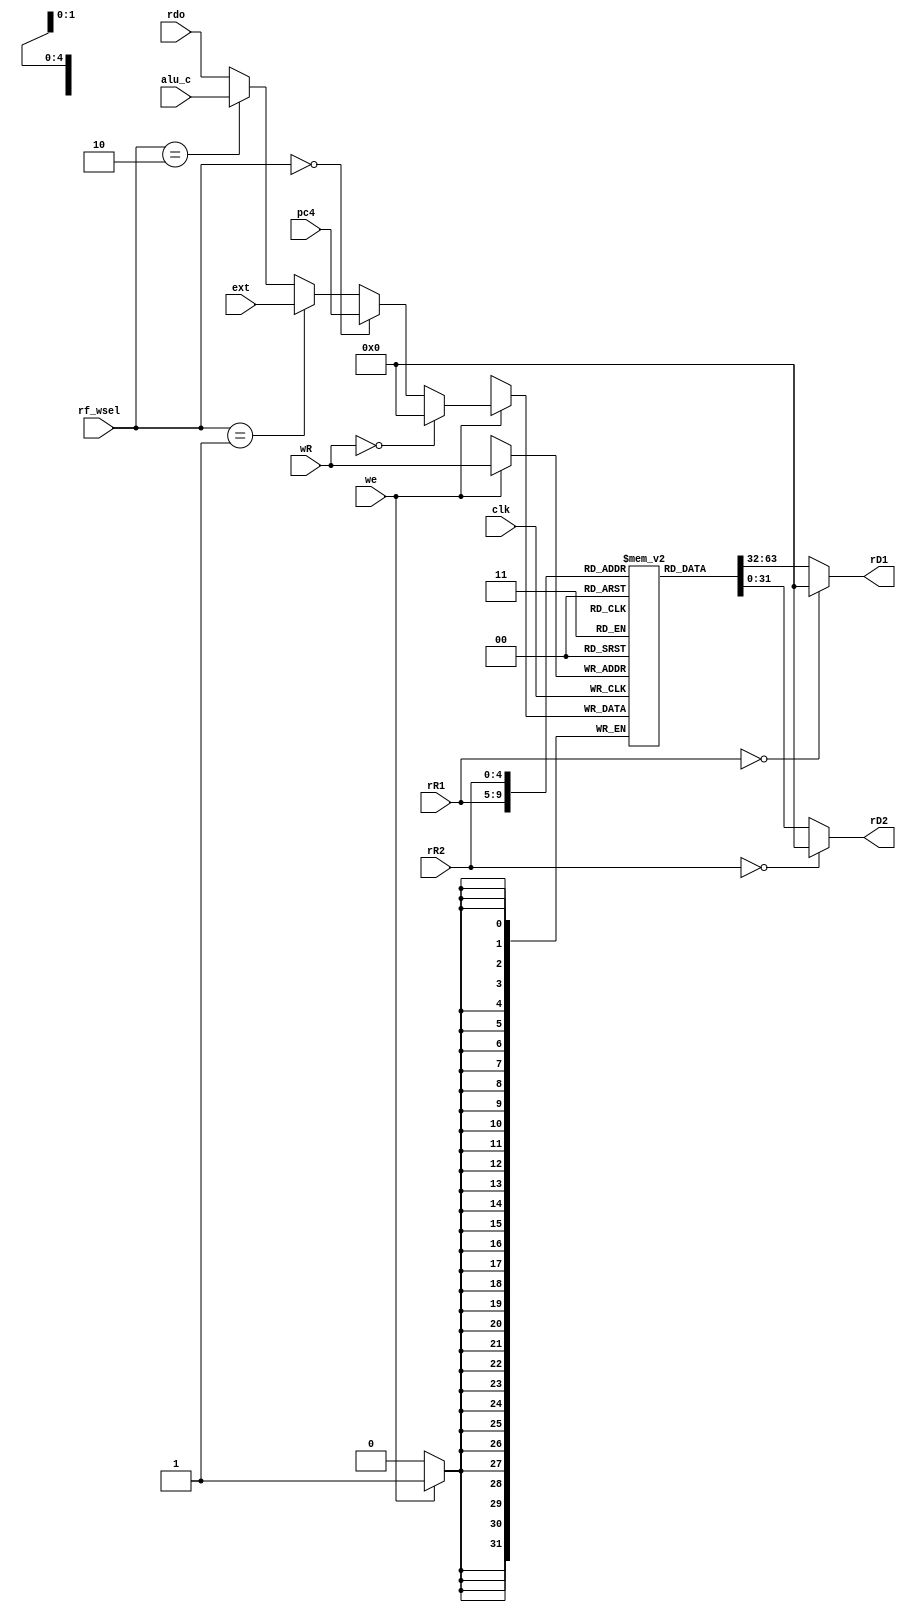
module RF (
    input clk,
    input [4:0] rR1,
    input [4:0] rR2,
    input [4:0] wR,
    
    input [31:0] pc4,
    input [31:0] ext,
    input [31:0] alu_c,
    input [31:0] rdo,

    input we,
    input [1:0]rf_wsel,

    output [31:0] rD1,
    output [31:0] rD2
);
    reg [31:0] regs[31:0];
    integer i;
    initial begin
        for (i = 0; i<32; i = i + 1) begin
            regs[i] = 32'd0;
        end
    end
    
    //read
    assign rD1 = (rR1 == 5'b0) ? 32'b0 : regs[rR1];
    assign rD2 = (rR2 == 5'b0) ? 32'b0 : regs[rR2];

    //write
    reg [31:0] wD;
    always @(*) begin
        if(rf_wsel == 2'd0) wD = pc4;
        else if(rf_wsel == 2'd1) wD = ext;
        else if(rf_wsel == 2'd2) wD = alu_c;
        else wD = rdo;
    end

    always @(negedge clk) begin
        if(we)
            regs[wR] <= ((wR == 5'b0) ? 32'b0 : wD); 
    end

    
endmodule